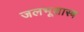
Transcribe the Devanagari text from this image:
जलभूशास्त्र